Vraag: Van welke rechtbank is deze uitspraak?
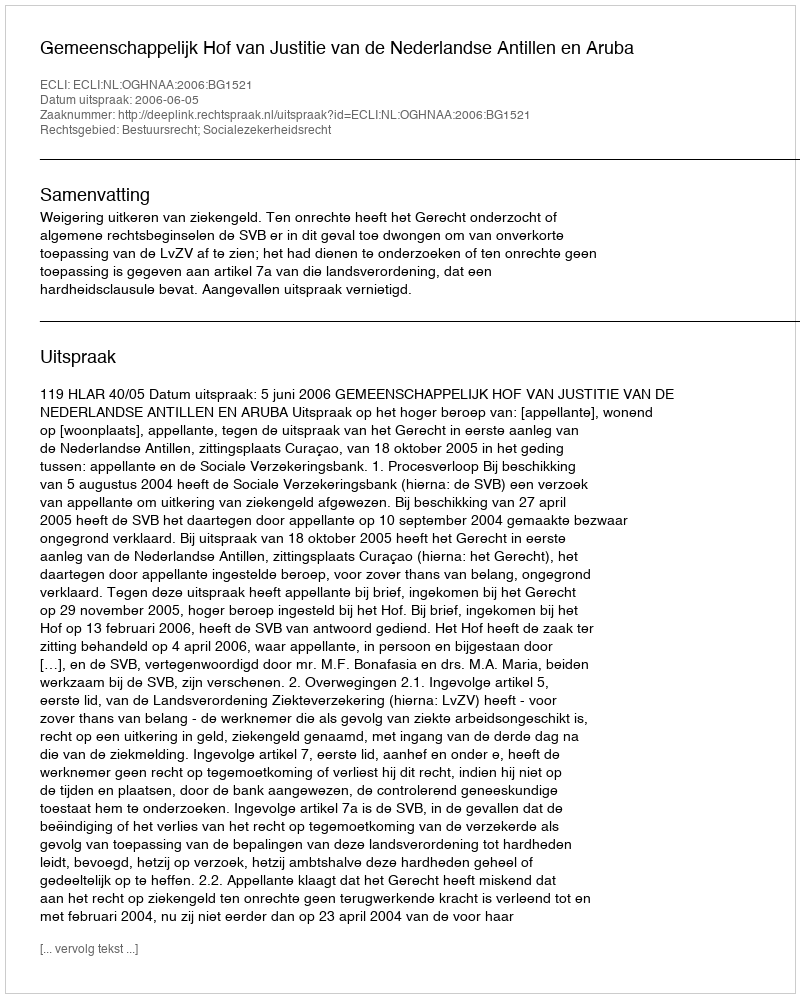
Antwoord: Gemeenschappelijk Hof van Justitie van de Nederlandse Antillen en Aruba